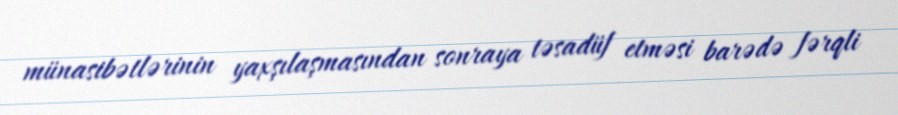
münasibətlərinin yaxşılaşmasından sonraya təsadüf etməsi barədə fərqli